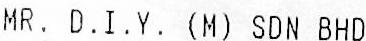
MR. D.I.Y. (M) SDN BHD